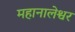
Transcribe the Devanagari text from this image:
महानालेश्वर